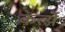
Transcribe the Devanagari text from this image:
कर्त्ये